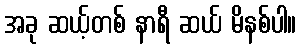
အခု ဆယ့်တစ် နာရီ ဆယ် မိနစ်ပါ။